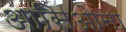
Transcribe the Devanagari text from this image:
आसिओना